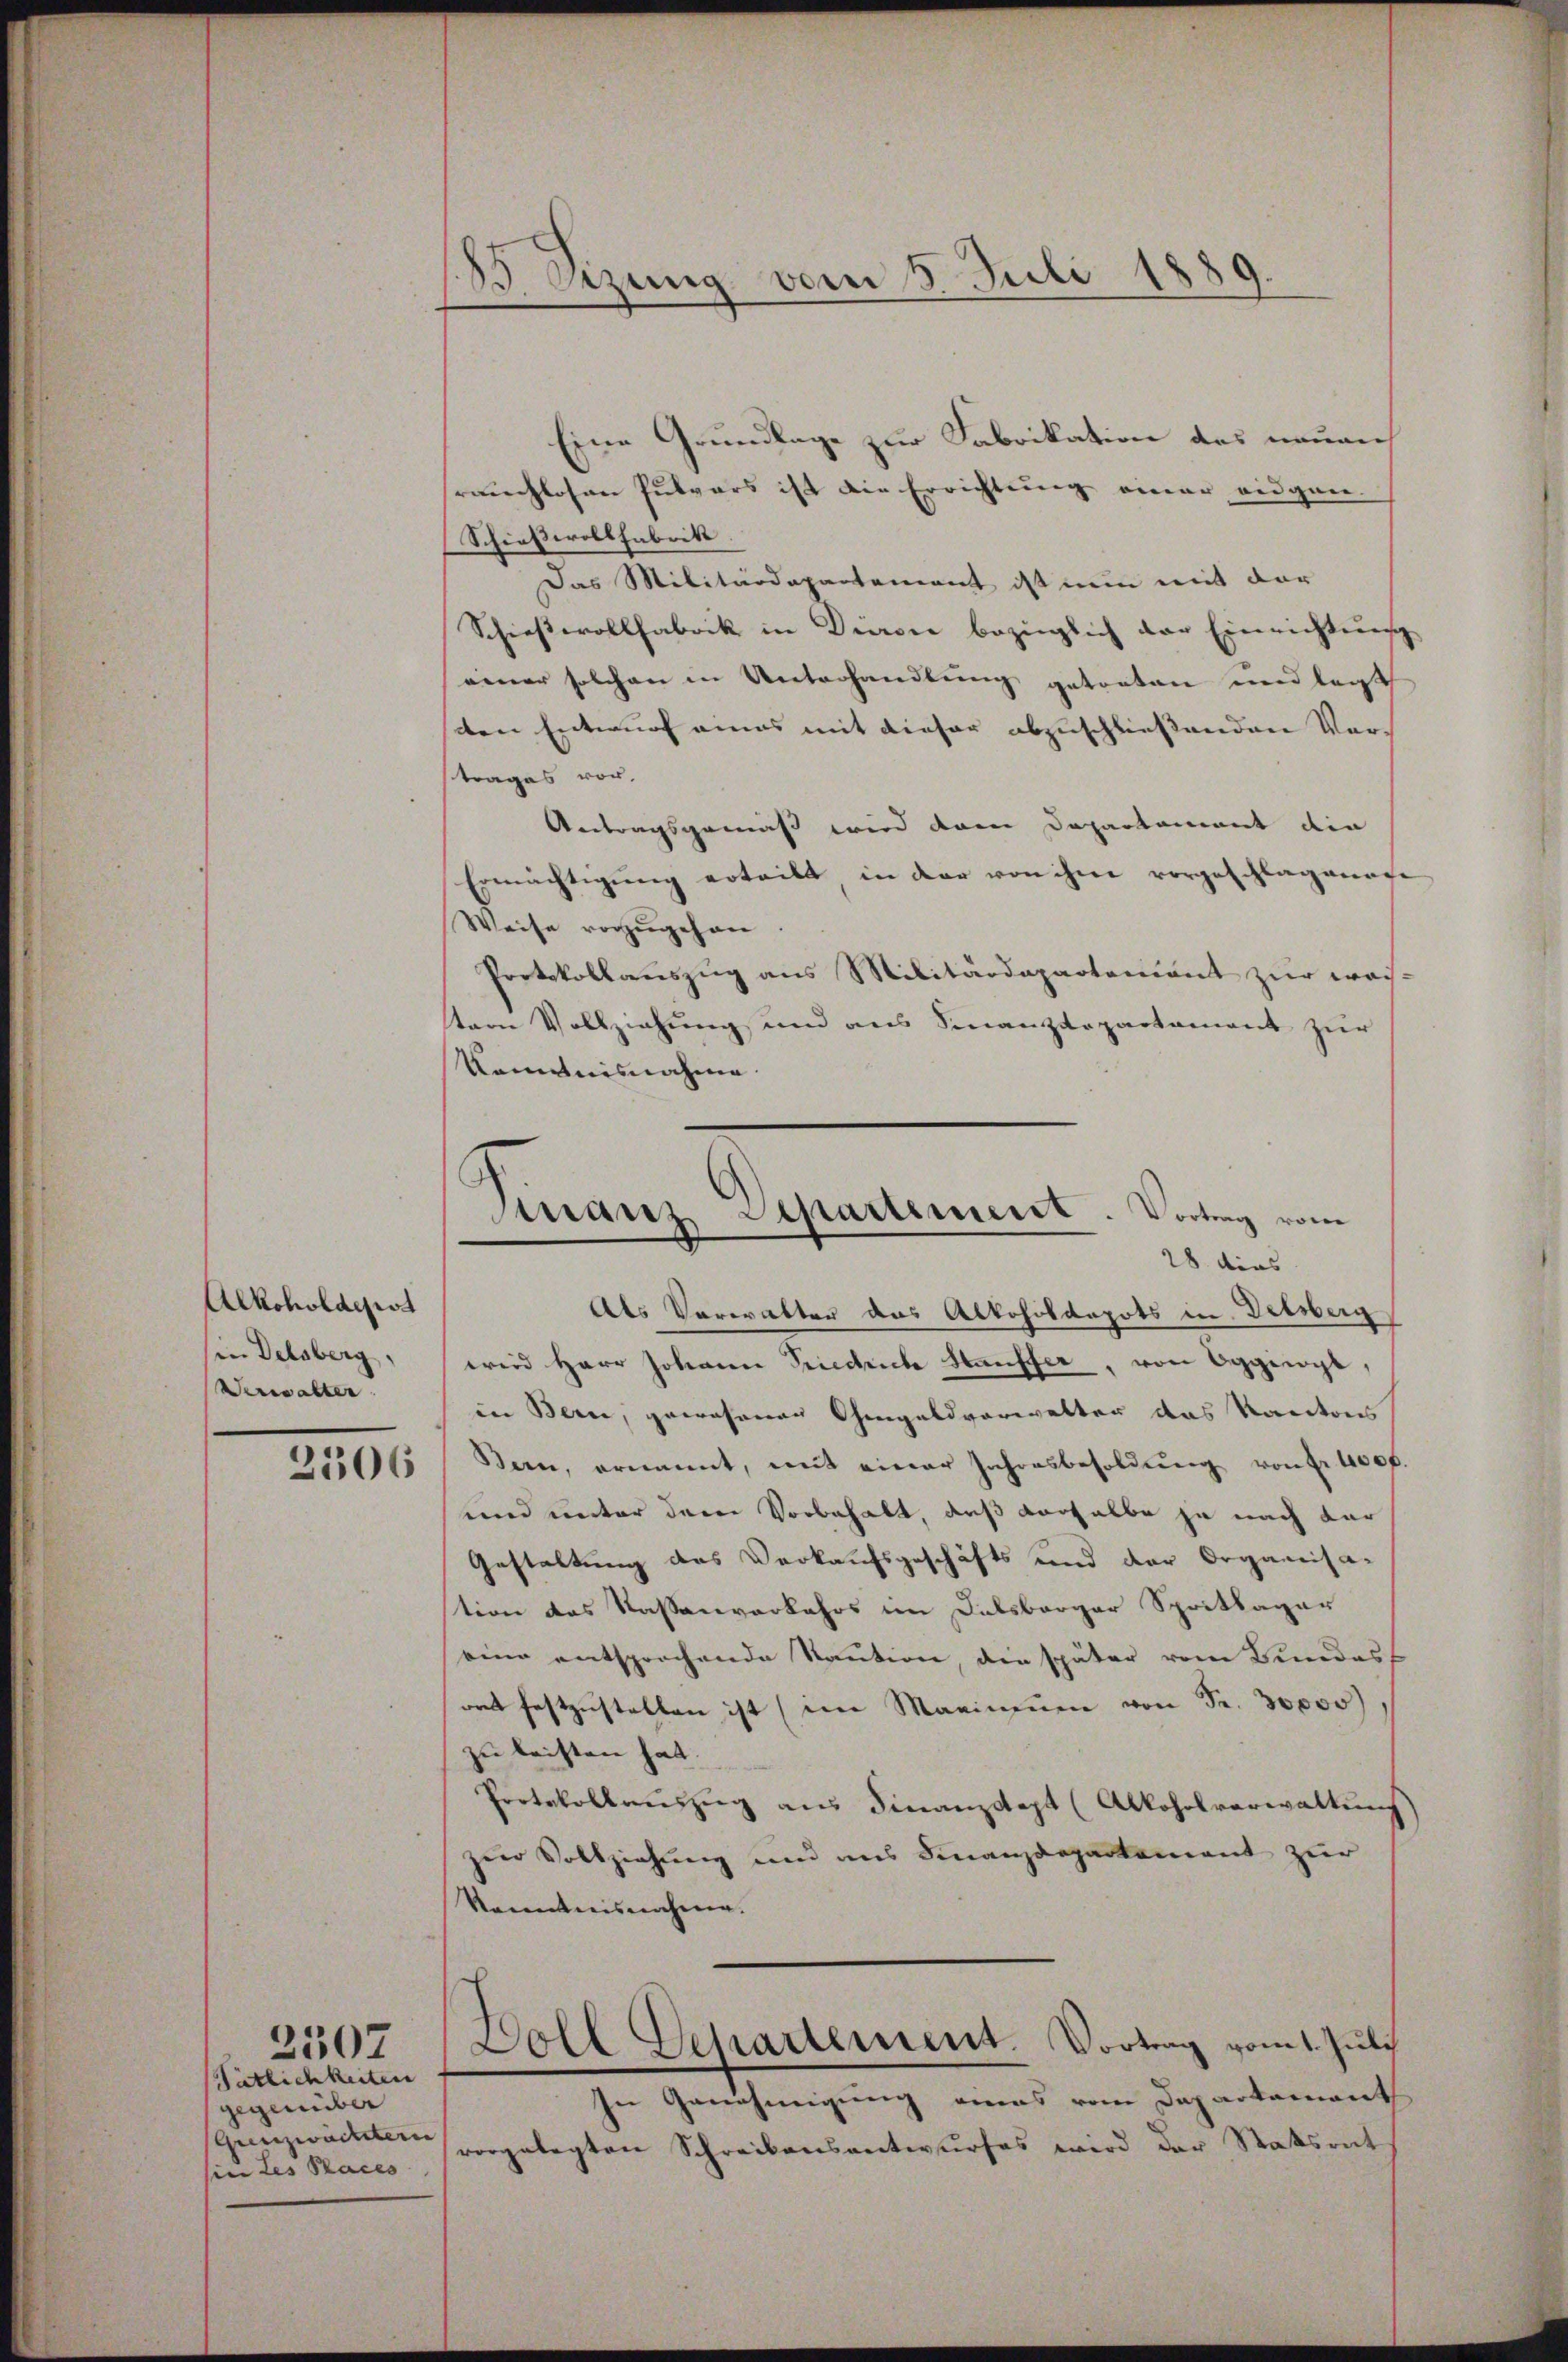
Alkoholdeist
in Delsberg,
Verwalter

Tätlichkeiten
gegenüber
in Les Praces

2507

B. Sizung vom 5. Juli 1889.

Eine Grundlage zur Fabrikation das neuen
räuchlosen Pulvers ist die Errichtung einer eidgen.
Schieseroll Fabrik.
Das Militärdepartement ist nun mit der
Schießerollfabrik in Dieron bezüglich der Einrichtung
einer solchen in Unterhandlung getreten und legt
den Entwurf amas mit dieser abzuschließenden Vor-
trages vor.
Antragsgemäß wird dem Departement die
Ermächtigŭng erteilt, in der von ihm vorgeschlagenage
Weise vorzugehen
Protokollauszug aus Militärdepartement zur waistern Vollziehung und aus Finanzdepartament zur
Konntnisnahme.

Finanz Separtiment. Vortrag vom
28 dies

Als Verwalten das Alkoholdepots in Delsberg
wird Herr Johann Friedrich Häuffer, von Ogginigt,
in Bern, gewesenen Gengaldvorwalter das Kantons
21506 San, ernannt, mit einer Jahresbesoldŭng von 400 f
und unter dem Vorbehalt, daß derselbe ja nach dar
Gestaltung des Verkaufsgeschäfts und der Organisa-
tion des Kassenverkehrs im Delsberger Sprittager
eine entsprochende Kaution, die später vom Bundess
oat festzustellen ist (im Marinenen von Fr. 30000)
zu leisten hat.
Protokollauszug aus Finanzdept (Alkoholverwaltung
zur Vollziehung und aus Finanzdepartement zur
kanntnisnahme.
Doll Departement. Vortrag vom 1. Juli
In Genehmigung eines vom Departement
genzwacket vorgelegten Schreibensantwurfes wird der Statsrat